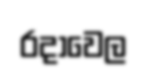
රදාවෙල